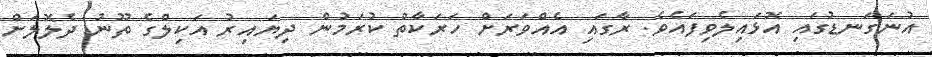
އުނަގަނޑުގައި އޮޅައިލެވިފައެވެ. ރާގައި އެއްވަރަށް ހަރަކާތް ކުރަމުން ދިޔައިރު އަކިލްގެ ތޫނު ދެލޮލަށް